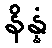
နိန္နံ